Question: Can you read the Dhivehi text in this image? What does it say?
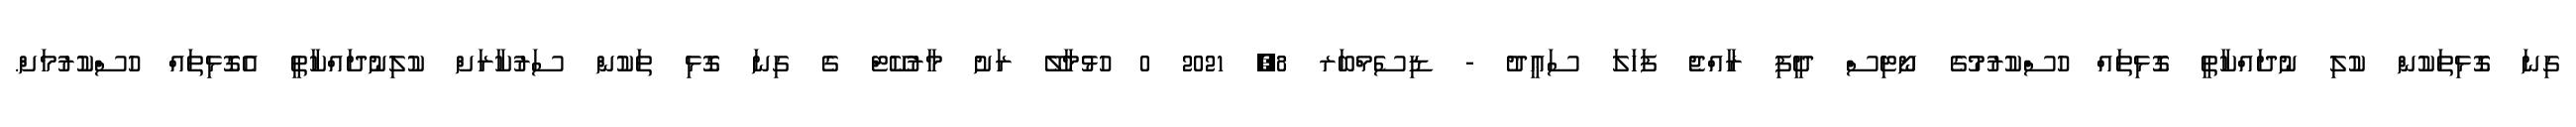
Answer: ގިނަ ގޮޅިތަކުން ކުލި ނުދައްކާތީ ގޮޅިތައް ހުސްކުރުމުގެ ނޯޓިސް ދީފި ރާއްޖެ ފަހަލަ ސަޢީދު - ޑިސެމްބަރ 8, 2021 0 ހުޅުމާލޭ ރަށު މާރުކޭޓް ގެ ގިނަ ގޮޅި ތަކުން ސަރުކާރަށް ކުލިނުދައްކާތީ އެގޮޅިތައް ހުސްކުރުމަށް.